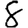
Digit: 8